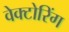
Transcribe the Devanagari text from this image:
वेक्टोरिंग